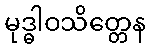
မုဒ္ဓါဝသိတ္တေန